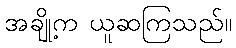
အချို့က ယူဆကြသည်။